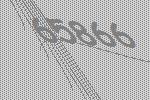
65866